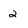
Character: 2